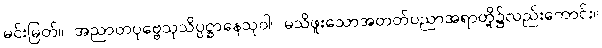
မင်းမြတ်။ အညာတပုဗ္ဗေသုသိပ္ပဋ္ဌာနေသုဝါ၊ မသိဖူးသောအတတ်ပညာအရာတို့၌လည်းကောင်း။